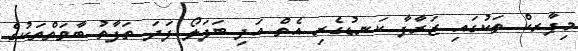
މިޕާރކް ތަކުގައި ޒަރާފާ ކަނޑުގެރި އެތް އަދި ބަފަލޯ ފަދަ ތަފާތު ބާވަތްތަކުގެ